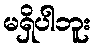
မရှိပါဘူး